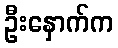
ဦးနှောက်က